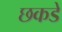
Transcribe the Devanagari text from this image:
छकडे